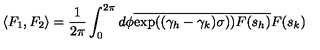
\langle F _ { 1 } , F _ { 2 } \rangle = \frac { 1 } { 2 \pi } \int _ { 0 } ^ { 2 \pi } d \phi \overline { { \exp ( ( \gamma _ { h } - \gamma _ { k } ) \sigma ) ) } } \overline { { F ( s _ { h } ) } } F ( s _ { k } )